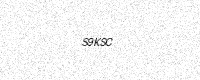
Text: S9KSC